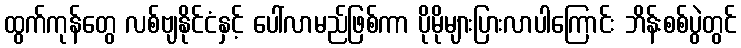
ထွက်ကုန်တွေ လစ်ဗျနိုင်ငံနှင့် ပေါ်လာမည်ဖြစ်ကာ ပိုမိုများပြားလာပါကြောင်း ဘိန်းစစ်ပွဲတွင်